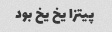
پیتزا یخ یخ بود